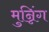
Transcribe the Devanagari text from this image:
मुन्निंग